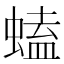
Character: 䗘